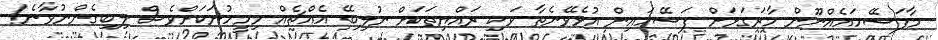
މާފަސޭހައެއްނޫން މާރަގަޅަށް ފަސޭހައިން އުޅެވޭނެތާ ވަކި ރައްޔިތަކަށް ނުލިބޭ އެއްޗެއް މިމީހުނަކަށްވެސް ލިބިގެންނުވާނެ!